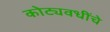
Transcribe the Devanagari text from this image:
कोट्यवधींचे